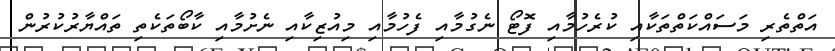
އަތްތެރި މަސައްކަތްތަކާއި ކުރެހުމާއި ފޮޓޯ ނެގުމާއި ފެހުމާއި މިއުޒިކާއި ނެށުމާއި ކާބޯތަކެތި ތައްޔާރުކުރުން